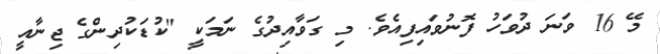
މޭ 16 ވަނަ ދުވަހު ފޮނުވައިފިއެވެ. މި ގަވާއިދުގެ ނަމަކީ "ކުޑަކުދިންގެ ޖިނާއީ